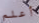
أعلم